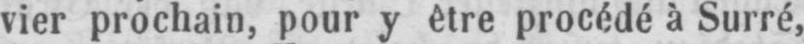
vier prochain, pour y être procédé à Surré,